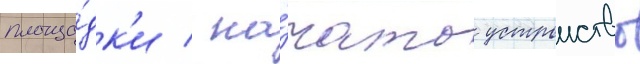
площа́дк'и / на́чато устроиство